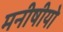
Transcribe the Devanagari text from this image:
मनीषीयो